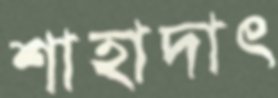
শাহাদাৎ